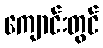
ကျောင်းတွင်